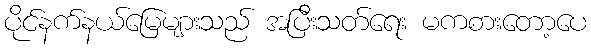
ပိုင်နက်နယ်မြေများသည် အပြီးသတ်ရေး မကစားတော့ပေ